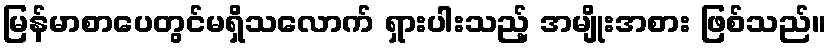
မြန်မာစာပေတွင်မရှိသလောက် ရှားပါးသည့် အမျိုးအစား ဖြစ်သည်။